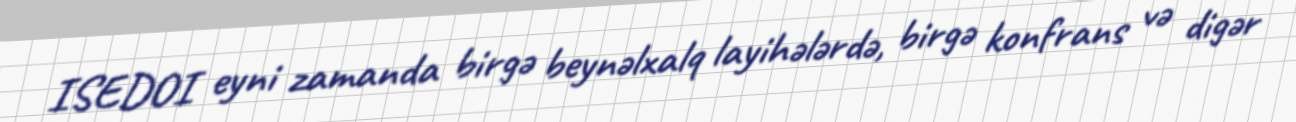
ISEDOI eyni zamanda birgə beynəlxalq layihələrdə, birgə konfrans və digər